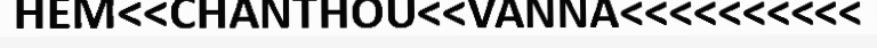
HEM<<CHANTHOU<<VANNA<<<<<<<<<<